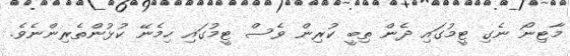
މާޓިނޯ ނެގި ޓީމުގައި ދެން ތިބީ ކުރިން ވެސް ޓީމުގައި ހިމެނޭ ކުޅުންތެރިންނެވެ.